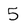
Character: 5